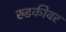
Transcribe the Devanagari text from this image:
ख्डकीवर